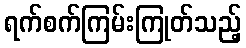
ရက်စက်ကြမ်းကြုတ်သည့်